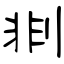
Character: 剕